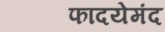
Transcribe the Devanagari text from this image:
फादयेमंद